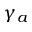
\gamma _ { a }